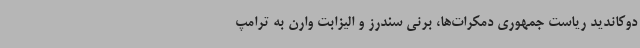
دوکاندید ریاست جمهوری دمکرات‌ها، برنی سندرز و الیزابت وارن به ترامپ